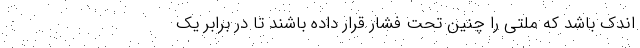
اندک باشد که ملتی را چنین تحت فشار قرار داده باشند تا در برابر یک